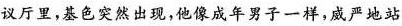
议厅里,基色突然出现,他像成年男子一样，威严地站